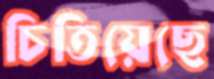
চিতিয়েছে